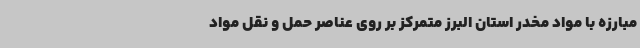
مبارزه با مواد مخدر استان البرز متمرکز بر روی عناصر حمل و نقل مواد